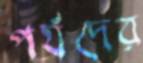
পর্যদের